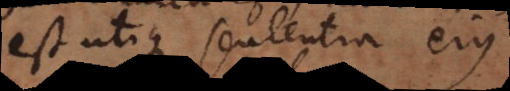
est utique sententia ejus